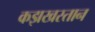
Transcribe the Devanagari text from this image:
कझखस्तान